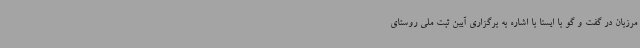
مرزبان در گفت و گو با ایسنا با اشاره به برگزاری آیین ثبت ملی روستای